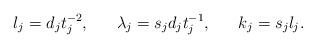
LaTeX: \begin{align*}l_j = d_j t^{-2}_j, \ \ \ \ \ \lambda_j=s_j d_j t^{-1}_j, \ \ \ \ \ k_j = s_j l_j.\end{align*}